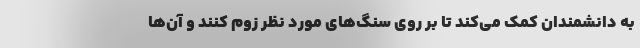
به دانشمندان کمک می‌کند تا بر روی سنگ‌های مورد نظر زوم کنند و آن‌ها